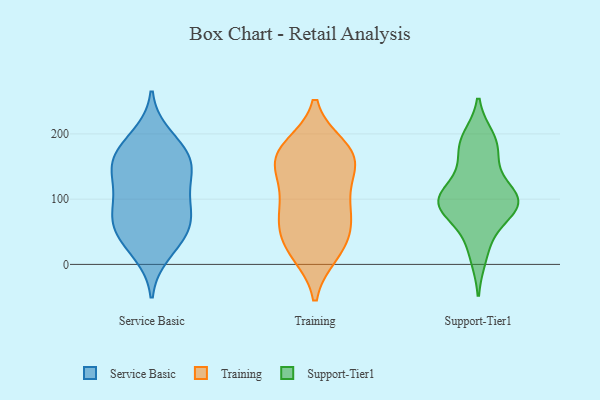
{"axis": {"x": "Revenue (USD Million)", "y": "Value"}, "legend": ["Service Basic", "Support-Tier1", "Training"], "data": [{"x": "", "y": 131, "type": "Service Basic"}, {"x": "", "y": 37, "type": "Service Basic"}, {"x": "", "y": 145, "type": "Service Basic"}, {"x": "", "y": 93, "type": "Service Basic"}, {"x": "", "y": 152, "type": "Service Basic"}, {"x": "", "y": 18, "type": "Service Basic"}, {"x": "", "y": 172, "type": "Service Basic"}, {"x": "", "y": 59, "type": "Service Basic"}, {"x": "", "y": 153, "type": "Service Basic"}, {"x": "", "y": 196, "type": "Service Basic"}, {"x": "", "y": 55, "type": "Service Basic"}, {"x": "", "y": 100, "type": "Service Basic"}, {"x": "", "y": 58, "type": "Service Basic"}, {"x": "", "y": 84, "type": "Service Basic"}, {"x": "", "y": 174, "type": "Service Basic"}, {"x": "", "y": 17, "type": "Training"}, {"x": "", "y": 106, "type": "Training"}, {"x": "", "y": 171, "type": "Training"}, {"x": "", "y": 167, "type": "Training"}, {"x": "", "y": 65, "type": "Training"}, {"x": "", "y": 96, "type": "Training"}, {"x": "", "y": 30, "type": "Training"}, {"x": "", "y": 18, "type": "Training"}, {"x": "", "y": 48, "type": "Training"}, {"x": "", "y": 88, "type": "Training"}, {"x": "", "y": 180, "type": "Training"}, {"x": "", "y": 153, "type": "Training"}, {"x": "", "y": 144, "type": "Training"}, {"x": "", "y": 153, "type": "Training"}, {"x": "", "y": 64, "type": "Training"}, {"x": "", "y": 176, "type": "Training"}, {"x": "", "y": 89, "type": "Support-Tier1"}, {"x": "", "y": 93, "type": "Support-Tier1"}, {"x": "", "y": 194, "type": "Support-Tier1"}, {"x": "", "y": 90, "type": "Support-Tier1"}, {"x": "", "y": 186, "type": "Support-Tier1"}, {"x": "", "y": 92, "type": "Support-Tier1"}, {"x": "", "y": 12, "type": "Support-Tier1"}, {"x": "", "y": 48, "type": "Support-Tier1"}, {"x": "", "y": 94, "type": "Support-Tier1"}, {"x": "", "y": 109, "type": "Support-Tier1"}, {"x": "", "y": 176, "type": "Support-Tier1"}, {"x": "", "y": 106, "type": "Support-Tier1"}, {"x": "", "y": 146, "type": "Support-Tier1"}]}